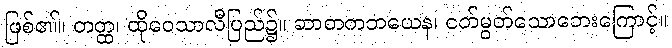
ဖြစ်၏။ တတ္ထ၊ ထိုဝေသာလီပြည်၌။ ဆာတကဘယေန၊ ငတ်မွတ်သောဘေးကြောင့်။